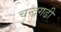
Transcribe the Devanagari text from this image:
चन्द्रगढी